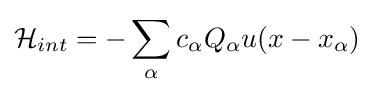
{\mathcal {H}}_{int}=-\sum _{\alpha }c_{\alpha }Q_{\alpha }u(x-x_{\alpha })